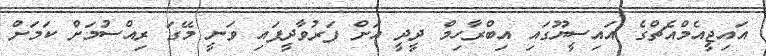
އައިޖީއެމްއެޗްގެ އައިސީޔޫގައި އިބްރާހިމް ދީދީ އަށް ފަރުވާދީފައި ވަނީ މޭގަ ރިއްސުމަށް ކަަމަށް